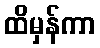
ထိမှန်ကာ